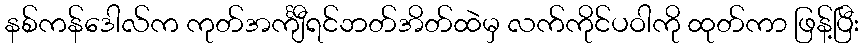
နစ်ကန်ဒေါလ်က ကုတ်အင်္ကျီရင်ဘတ်အိတ်ထဲမှ လက်ကိုင်ပဝါကို ထုတ်ကာ ဖြန့်ပြီး